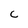
Character: C